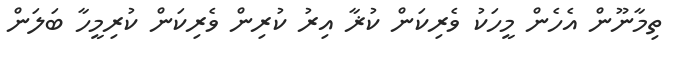
ތިމާނޫން އެހެން މީހަކު ވެރިކަން ކުޜާ އިރު ކުރިން ވެރިކަން ކުރިމީހާ ބަލަން